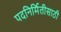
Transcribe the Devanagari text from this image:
पदनिर्मितीसाठी